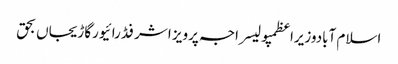
اسلام آبادوزیراعظمپولیسراجہ پرویز اشرفڈرائیورگاڑیجاں بحق